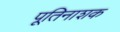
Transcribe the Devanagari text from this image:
पूतिनाशक